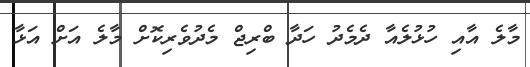
މާލެ އާއި ހުޅުލެއާ ދެމެދު ހަދާ ބްރިޖް މެދުވެރިކޮށް މާލެ އަށް އަޅާ